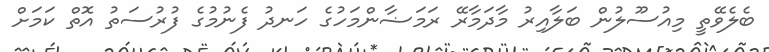
ބެލެވޭތީ މިއުސޫލުން ބަލާއިރު މާދަމާރޭ ރަމަޟާންމަހުގެ ހަނދު ފެނުމުގެ ފުރުސަތު އޮތް ކަމަށް